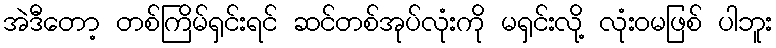
အဲဒီတော့ တစ်ကြိမ်ရှင်းရင် ဆင်တစ်အုပ်လုံးကို မရှင်းလို့ လုံးဝမဖြစ် ပါဘူး